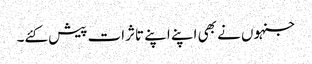
جنہوں نے بھی اپنے اپنے تاثرات پیش کئے۔